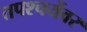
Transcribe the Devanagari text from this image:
तपश्चर्येवर